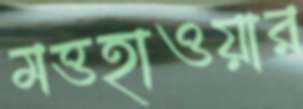
মত্তহাওয়ার